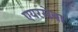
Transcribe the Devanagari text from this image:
एयरसेवा